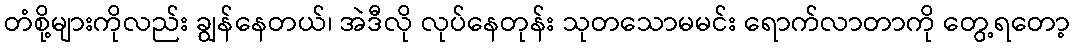
တံစို့များကိုလည်း ချွန်နေတယ်၊ အဲဒီလို လုပ်နေတုန်း သုတသောမမင်း ရောက်လာတာကို တွေ့ရတော့